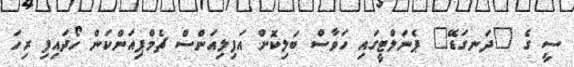
ސީ ގެ "ދަނގަޑޭ" ޕެނަލްޓީގައި ހަވާސް ބަލިކޮށް އަފިލިއަންސް ޗެމްޕިއަންކަން ހޯދައިފި ރިހަ